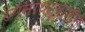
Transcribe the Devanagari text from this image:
रंगनाथस्वामींना